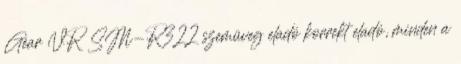
Gear VR SM-R322 szemüveg eladó korrekt eladó, minden a